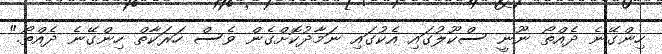
ހިންގޭނެ ދެއްތޯ ނޫނީ ސްކޫލުގައި އެކުގައި ނަމާދުކޮށްގެން ވެސް ހަރަކާތް ހިންގޭނެ ދެއްތޯ."